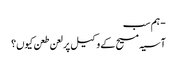
- ہم سب
آسیہ مسیح کے وکیل پر لعن طعن کیوں؟